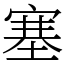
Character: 塞